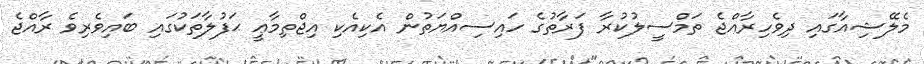
މެލޭޝިއާގައި ދިވެހިރާއްޖެ ތަމްސީލުކުރާ ފަރާތުގެ ހައިސިއްޔަތުން އެކިއެކި އިޖްތިމާޢީ ޙަފުލާތަކުގައި ބައިވެރިވެ ރާއްޖެ